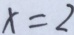
x = 2